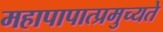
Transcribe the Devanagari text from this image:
महापापात्प्रमुच्यते